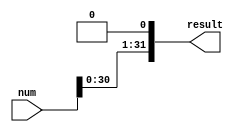
`timescale 1ns / 1ps

module lrs(num,result);//logic right shift
input [31:0]num;
output [31:0]result;

assign result[0] = 0;
assign result[1] = num[0];
assign result[2] = num[1];
assign result[3] = num[2];
assign result[4] = num[3];
assign result[5] = num[4];
assign result[6] = num[5];
assign result[7] = num[6];
assign result[8] = num[7];
assign result[9] = num[8];
assign result[10] = num[9];
assign result[11] = num[10];
assign result[12] = num[11];
assign result[13] = num[12];
assign result[14] = num[13];
assign result[15] = num[14];
assign result[16] = num[15];
assign result[17] = num[16];
assign result[18] = num[17];
assign result[19] = num[18];
assign result[20] = num[19];
assign result[21] = num[20];
assign result[22] = num[21];
assign result[23] = num[22];
assign result[24] = num[23];
assign result[25] = num[24];
assign result[26] = num[25];
assign result[27] = num[26];
assign result[28] = num[27];
assign result[29] = num[28];
assign result[30] = num[29];
assign result[31] = num[30];

endmodule